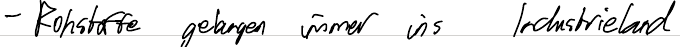
- Rohstoffe gelangen immer ins Industrieland